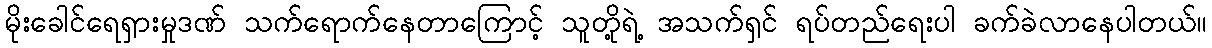
မိုးခေါင်ရေရှားမှုဒဏ် သက်ရောက်နေတာကြောင့် သူတို့ရဲ့ အသက်ရှင် ရပ်တည်ရေးပါ ခက်ခဲလာနေပါတယ်။